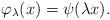
LaTeX: \begin{align*} \varphi _\lambda (x)= \psi (\lambda x).\end{align*}